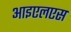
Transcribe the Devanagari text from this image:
आइएलएस